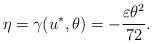
LaTeX: \begin{align*}\eta= \gamma (u^{*}, \theta)=-\frac{\varepsilon\theta^2}{72}.\end{align*}